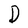
Character: D